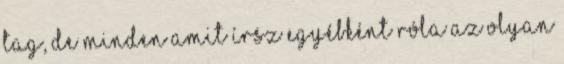
tag, de minden amit írsz egyébként róla az olyan